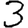
Digit: 3